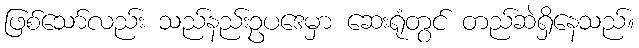
ဖြစ်သော်လည်း သည်နည်းဥပဒေမှာ ဆေးရုံတွင် တည်ဆဲရှိနေသည်။